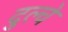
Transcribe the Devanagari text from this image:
दुल्चे